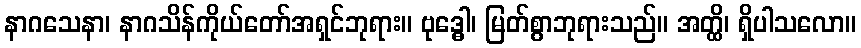
နာဂသေနာ၊ နာဂသိန်ကိုယ်တော်အရှင်ဘုရား။ ဗုဒ္ဓေါ၊ မြတ်စွာဘုရားသည်။ အတ္ထိ၊ ရှိပါသလော။